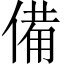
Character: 備